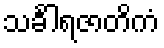
သင်္ခါရဇာတိကံ